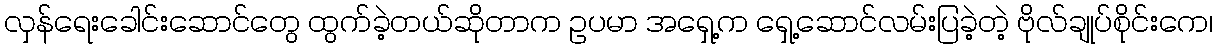
လှန်ရေးခေါင်းဆောင်တွေ ထွက်ခဲ့တယ်ဆိုတာက ဥပမာ အရှေ့က ရှေ့ဆောင်လမ်းပြခဲ့တဲ့ ဗိုလ်ချုပ်စိုင်းကေ၊